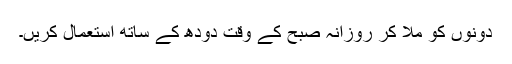
دونوں کو ملا کر روزانہ صبح کے وقت دودھ کے ساتھ استعمال کریں۔